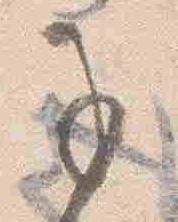
子